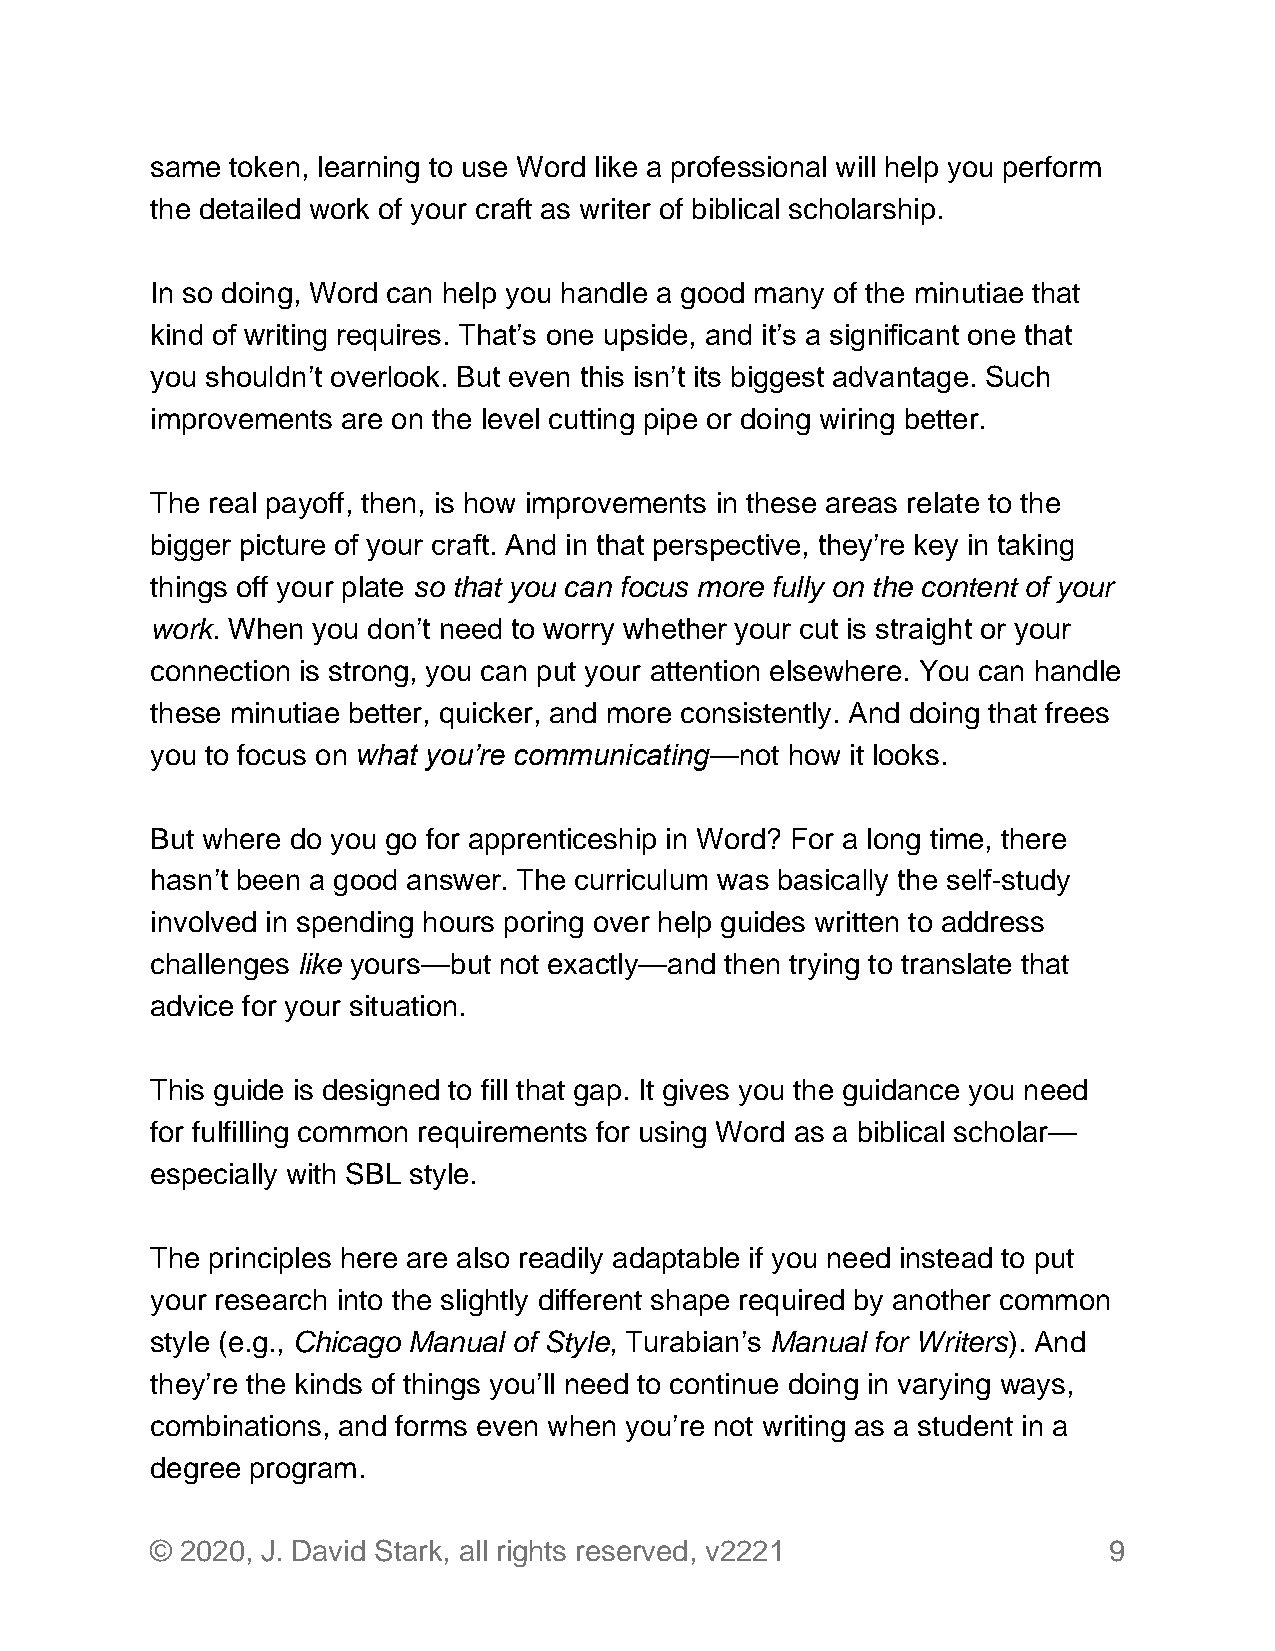
same token, learning to use Word like a professional will help you perform
 the detailed work of your craft as writer of biblical scholarship.
 In so doing, Word can help you handle a good many of the minutiae that
 kind of writing requires. That’s one upside, and it’s a significant one that
 you shouldn’t overlook. But even this isn’t its biggest advantage. Such
 improvements are on the level cutting pipe or doing wiring better.
 The real payoff, then, is how improvements in these areas relate to the
 bigger picture of your craft. And in that perspective, they’re key in taking
 things off your plate so that you can focus more fully on the content of your
 work. When you don’t need to worry whether your cut is straight or your
 connection is strong, you can put your attention elsewhere. You can handle
 these minutiae better, quicker, and more consistently. And doing that frees
 you to focus on what you’re communicating—not how it looks.
 But where do you go for apprenticeship in Word? For a long time, there
 hasn’t been a good answer. The curriculum was basically the self-study
 involved in spending hours poring over help guides written to address
 challenges like yours—but not exactly—and then trying to translate that
 advice for your situation.
 This guide is designed to fill that gap. It gives you the guidance you need
 for fulfilling common requirements for using Word as a biblical scholar—
 especially with SBL style.
 The principles here are also readily adaptable if you need instead to put
 your research into the slightly different shape required by another common
 style (e.g., Chicago Manual of Style, Turabian’s Manual for Writers). And
 they’re the kinds of things you’ll need to continue doing in varying ways,
 combinations, and forms even when you’re not writing as a student in a
 degree program.
 © 2020, J. David Stark, all rights reserved, v2221             9